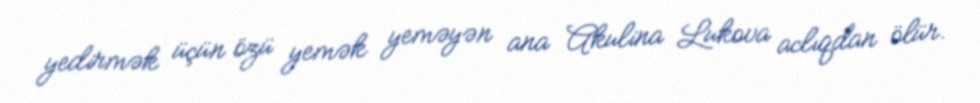
yedirmək üçün özü yemək yeməyən ana Akulina Lukova aclıqdan ölür.